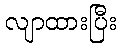
လျာထားပြီး